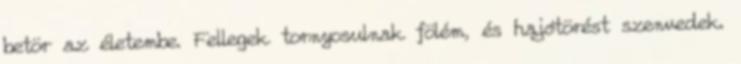
betör az életembe. Fellegek tornyosulnak fölém, és hajótörést szenvedek.